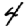
Digit: 4